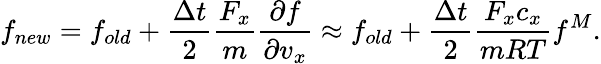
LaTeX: f_{new}=f_{old}+\frac{\Delta t}{2}\frac{F_{x}}{m}\frac{\partial f}{\partial v_{x}}\approx f_{old}+\frac{\Delta t}{2}\frac{F_{x}c_{x}}{mRT}f^{M}.